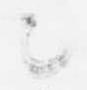
々